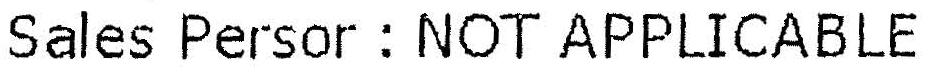
SALES PERSOR : NOT APPLICABLE